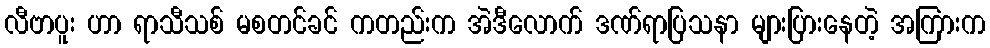
လီဗာပူး ဟာ ရာသီသစ် မစတင်ခင် ကတည်းက အဲဒီလောက် ဒဏ်ရာပြသနာ များပြားနေတဲ့ အကြားက